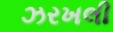
ઝરખલી